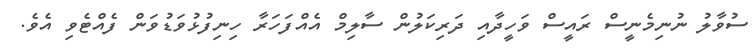
ސުވާލު ނުނިމެނީސް ރައީސް ވަހީދާއި ދަރިކަލުން ސާލިމް އެއްފަހަރާ ހިނިފުޅުވަޑުވަން ފެއްޓެވި އެވެ.